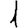
Digit: 1